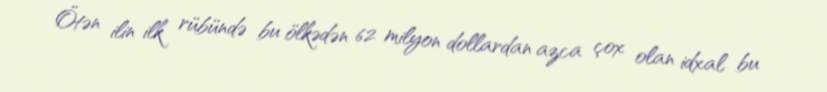
Ötən ilin ilk rübündə bu ölkədən 62 milyon dollardan azca çox olan idxal bu